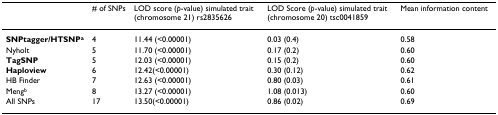
<table><thead><tr><td></td><td><b># of SNPs</b></td><td><b>LOD score (<i>p</i>-value) simulated trait (chromosome 21) rs2835626</b></td><td><b>LOD Score (<i>p</i>-value) simulated trait (chromosome 20) tsc0041859</b></td><td><b>Mean information content</b></td></tr></thead><tbody><tr><td><b>SNPtagger/HTSNP</b><sup><b>a</b></sup></td><td>4</td><td>11.44 (&lt;0.00001)</td><td>0.03 (0.4)</td><td>0.58</td></tr><tr><td>Nyholt</td><td>5</td><td>11.70 (&lt;0.00001)</td><td>0.17 (0.2)</td><td>0.60</td></tr><tr><td><b>TagSNP</b></td><td>5</td><td>12.03 (&lt;0.00001)</td><td>0.15 (0.2)</td><td>0.60</td></tr><tr><td><b>Haploview</b></td><td>6</td><td>12.42(&lt;0.00001)</td><td>0.30 (0.12)</td><td>0.62</td></tr><tr><td>HB Finder</td><td>7</td><td>12.63 (&lt;0.00001)</td><td>0.80 (0.03)</td><td>0.61</td></tr><tr><td>Meng<sup>b</sup></td><td>8</td><td>13.27 (&lt;0.00001)</td><td>1.08 (0.013)</td><td>0.60</td></tr><tr><td>All SNPs</td><td>17</td><td>13.50(&lt;0.00001)</td><td>0.86 (0.02)</td><td>0.69</td></tr></tbody></table>